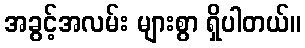
အခွင့်အလမ်း များစွာ ရှိပါတယ်။